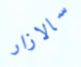
سالازار